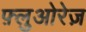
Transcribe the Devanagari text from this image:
फ़्लुओरेज़